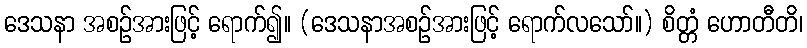
ဒေသနာ အစဉ်အားဖြင့် ရောက်၍။ (ဒေသနာအစဉ်အားဖြင့် ရောက်လသော်။) စိတ္တံ ဟောတီတိ၊